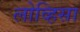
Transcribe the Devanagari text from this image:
लोव्हिसा